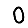
Digit: 0